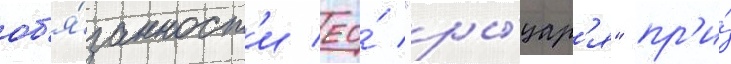
об'я́занност'и ео́ "ры́цар'я" пр'и́